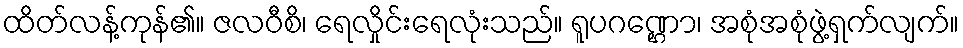
ထိတ်လန့်ကုန်၏။ ဇလဝီစိ၊ ရေလှိုင်းရေလုံးသည်။ ရူပဂဏ္ဌော၊ အစုံအစုံဖွဲ့ရှက်လျက်။